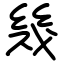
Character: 幾